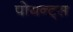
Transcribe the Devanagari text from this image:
पोयन्ट्‌स